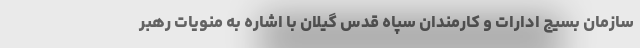
سازمان بسیج ادارات و کارمندان سپاه قدس گیلان با اشاره به منویات رهبر